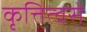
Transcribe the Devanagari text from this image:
कृत्तित्वसे